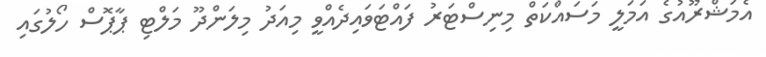
އެމަޝްރޫއުގެ އަމަލީ މަސައްކަތް މިނިސްޓަރު ފައްޓަވައިދެއްވީ މިއަދު މިލަންދޫ މަލްޓި ޕާޕޮސް ހޯލުގައި